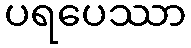
ပရပေဿာ